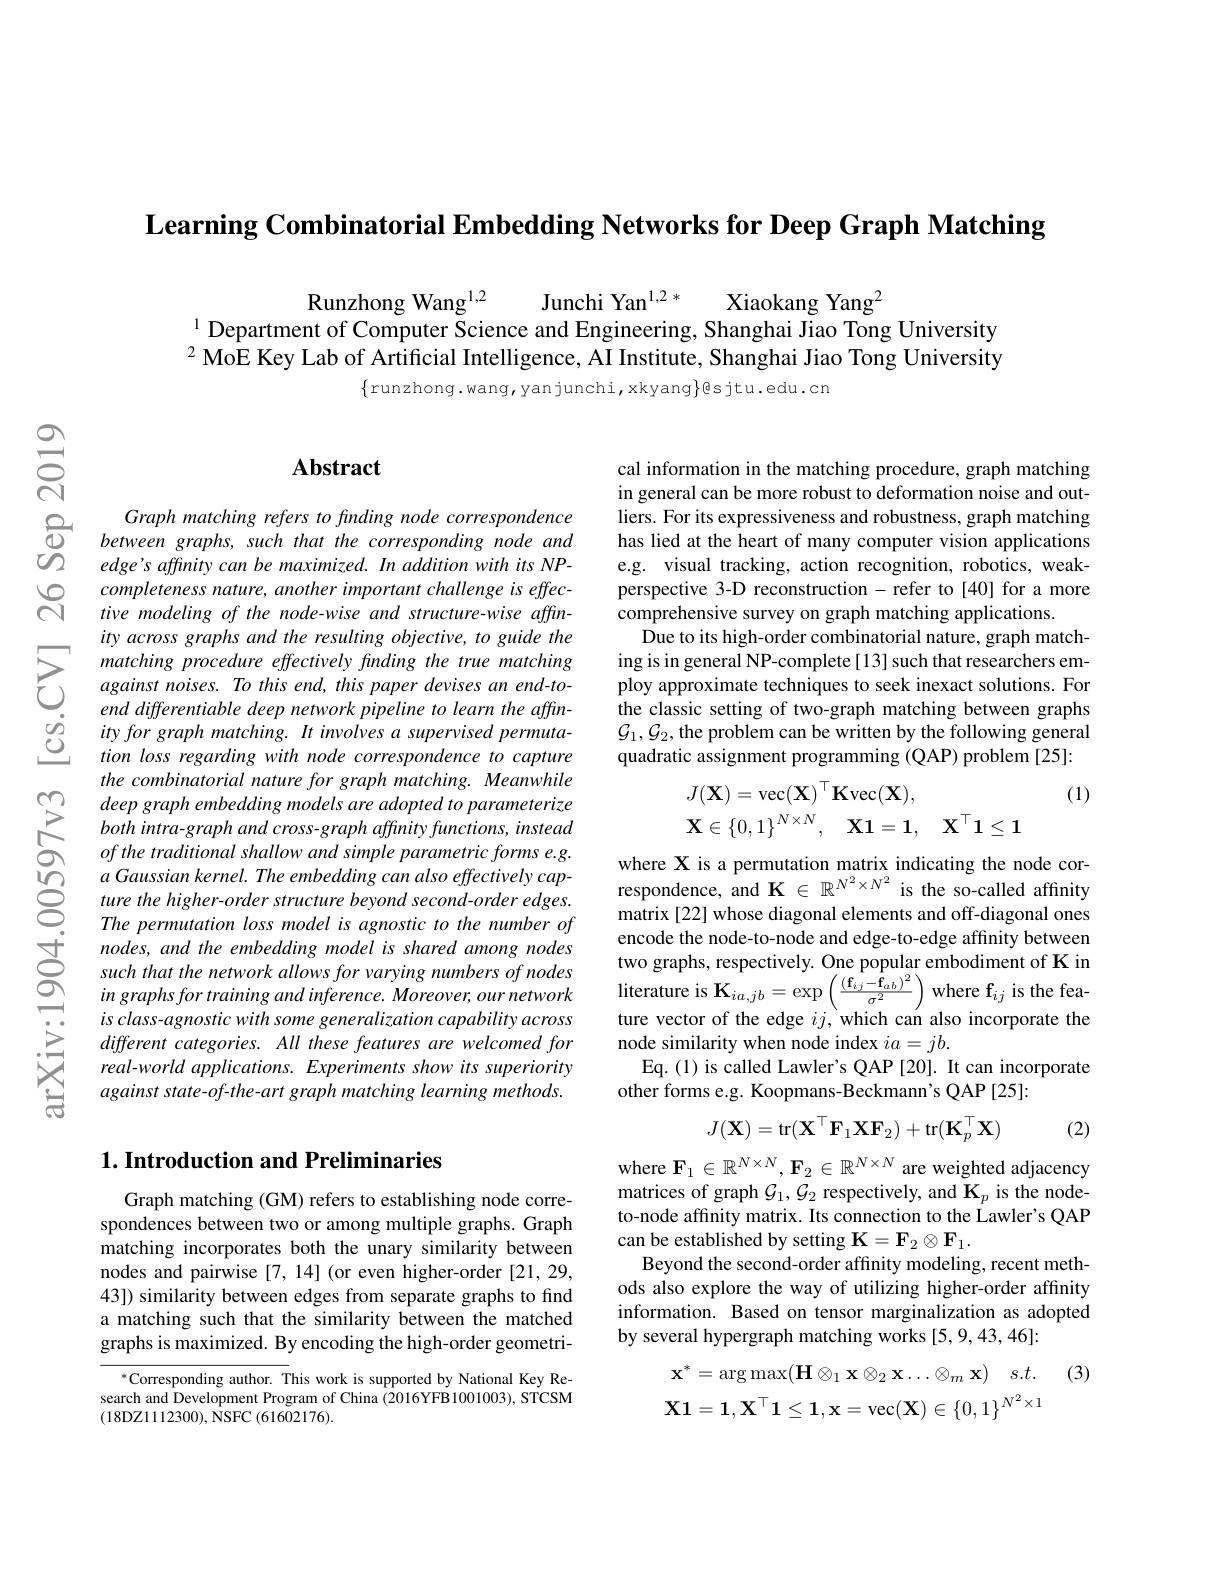
Learning Combinatorial Embedding Networks for Deep Graph Matching

$\begin{array}{c}\text{Runzhong Wang}^{1,2}&\text{Junchi Yan}^{1,2*}&\text{Xiaokang Yang}^{2}\\\text{1 Department of Computer Science and Engineering, Shanghai Jiao Tong University}\\\end{array}$ $^{2}\hat{\text{ MoE Key Lab of Artificial Intelligence, AI Institute, Shanghai Jiao Tong University}}$

$\{$runzhong.wang,yanjunchi,xkyang$\}$esjtu.edu.cn

### $\mathbf{Abstract}$

Graph matching refers to finding node correspondence
$\textcircled{1}\underline{Graph&matching&refers&tofinding&node&correspondence\\0&between&graphs,&such&that&the&corresponding&node&and}$
edge's affinity can be maximized. In addition with its NPcompleteness nature, another important challenge is effective modeling of the node-wise and structure-wise affinity across graphs and the resulting objective, to guide the matching procedure effectively finding the true matching against noises. To this end, this paper devises an end-toend differentiable deep network pipeline to learn the affinity for graph matching. It involves a supervised permutation loss regarding with node correspondence to capture the combinatorial nature for graph matching. Meanwhile deep graph embedding models are adopted to parameterize both intra-graph and cross-graph affinity functions, instead of the traditional shallow and simple parametric forms e.g.
olle tuluntolun sturat sumple paluntent joris es. where X is a permutation matrix indicating the node cor- a Gaussian kerneling cane The embedding can also effecively cap- respondence, and K R N'' ' N'' is the so- called affinity ture the higher
nodes, and the embedding model is shared among nodes such that the network allows for varying numbers of nodes in graphs for training and inference. Moreover, our network is class-agnostic with some generalization capability across different categories. All these features are welcomed for real-world applications. Experiments show its superiority against state-of-the-art graph matching learning methods.

### $1. \textbf{ Introduction and Preliminaries}$

Graph matching (GM) refers to establishing node correspondences between two or among multiple graphs. Graph matching incorporates both the unary similarity between nodes and pairwise [7,14] (or even higher-order [21,29, 43]) similarity between edges from separate graphs to find a matching such that the similarity between the matched graphs is maximized. By encoding the high-order geometri-

$^{*}$Corresponding author. This work is supported by National Key Research and Development Program of China (2016YFB1001003), STCSM (18DZ1112300), NSFC (61602176).

cal information in the matching procedure, graph matching in general can be more robust to deformation noise and outliers. For its expressiveness and robustness, graph matching has lied at the heart of many computer vision applications e.g. visual tracking, action recognition, robotics, weakperspective 3-D reconstruction - refer to [40] for a more comprehensive survey on graph matching applications.
Due to its high-order combinatorial nature, graph matching is in general NP-complete[13] such that researchers employ approximate techniques to seek inexact solutions. For the classic setting of two-graph matching between graphs $\mathcal{G}_{1},\mathcal{G}_{2}$, the problem can be written by the following general quadratic assignment programming (QAP) problem [25]:
(1)
$$\begin{array}{ll}J(\mathbf{X})=\mathrm{vec}(\mathbf{X})^\top\mathbf{K}\mathrm{vec}(\mathbf{X}),\\\mathbf{X}\in\{0,1\}^{N\times N},\quad\mathbf{X}\mathbf{1}=\mathbf{1},\quad\mathbf{X}^\top\mathbf{1}\leq\mathbf{1}\end{array}$$
encode the node-to-node and edge-to-edge affinity between two graphs, respectively. One popular embodiment of K in literature is $\mathbf{K}_{ia,jb}=\exp\left(\frac{(\mathbf{f}_{ij}-\mathbf{\hat{f}}_{ab})^{2}}{\sigma^{2}}\right)$ where f$_ij$ is the fea ture vector of the edge $ij$,which can also incorporate the node similarity when node index $ia=jb.$
Eq.(1) is called Lawler's QAP [20]. It can incorporate
other forms e.g. Koopmans-Beckmann's QAP [25]:
$$J(\mathbf{X})=\mathrm{tr}(\mathbf{X}^\top\mathbf{F}_1\mathbf{X}\mathbf{F}_2)+\mathrm{tr}(\mathbf{K}_p^\top\mathbf{X})$$
(2)

where $\mathbf{F}_1\in\mathbb{R}^{N\times N},\mathbf{F}_2\in\mathbb{R}^{N\times N}$ are weighted adjacency matrices of graph $\mathcal{G}_1,\mathcal{G}_2$ respectively, and K$_p$ is the nodeto-node affinity matrix. Its connection to the Lawler's QAP can be established by setting $\mathbf{K}=\mathbf{F}_2\otimes\mathbf{F}_1.$
Beyond the second-order affinity modeling, recent methods also explore the way of utilizing higher-order affinity information. Based on tensor marginalization as adopted by several hypergraph matching works [5,9,43,46]:

(3)
$$\begin{aligned}\mathbf{x}^{*}&=\arg\max(\mathbf{H}\otimes_1\mathbf{x}\otimes_2\mathbf{x}\ldots\otimes_m\mathbf{x})\quad s.t.\\\mathbf{X}\mathbf{1}&=\mathbf{1},\mathbf{X}^\top\mathbf{1}\leq\mathbf{1},\mathbf{x}=\operatorname{vec}(\mathbf{X})\in\{0,1\}^{N^2\times1}\end{aligned}$$